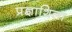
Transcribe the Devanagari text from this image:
प्रज्ञाशिला